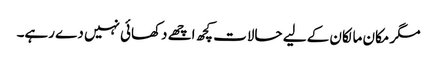
مگر مکان مالکان کے لیے حالات کچھ اچھے دکھائی نہیں دے رہے۔